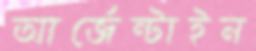
আর্জেন্টাইন